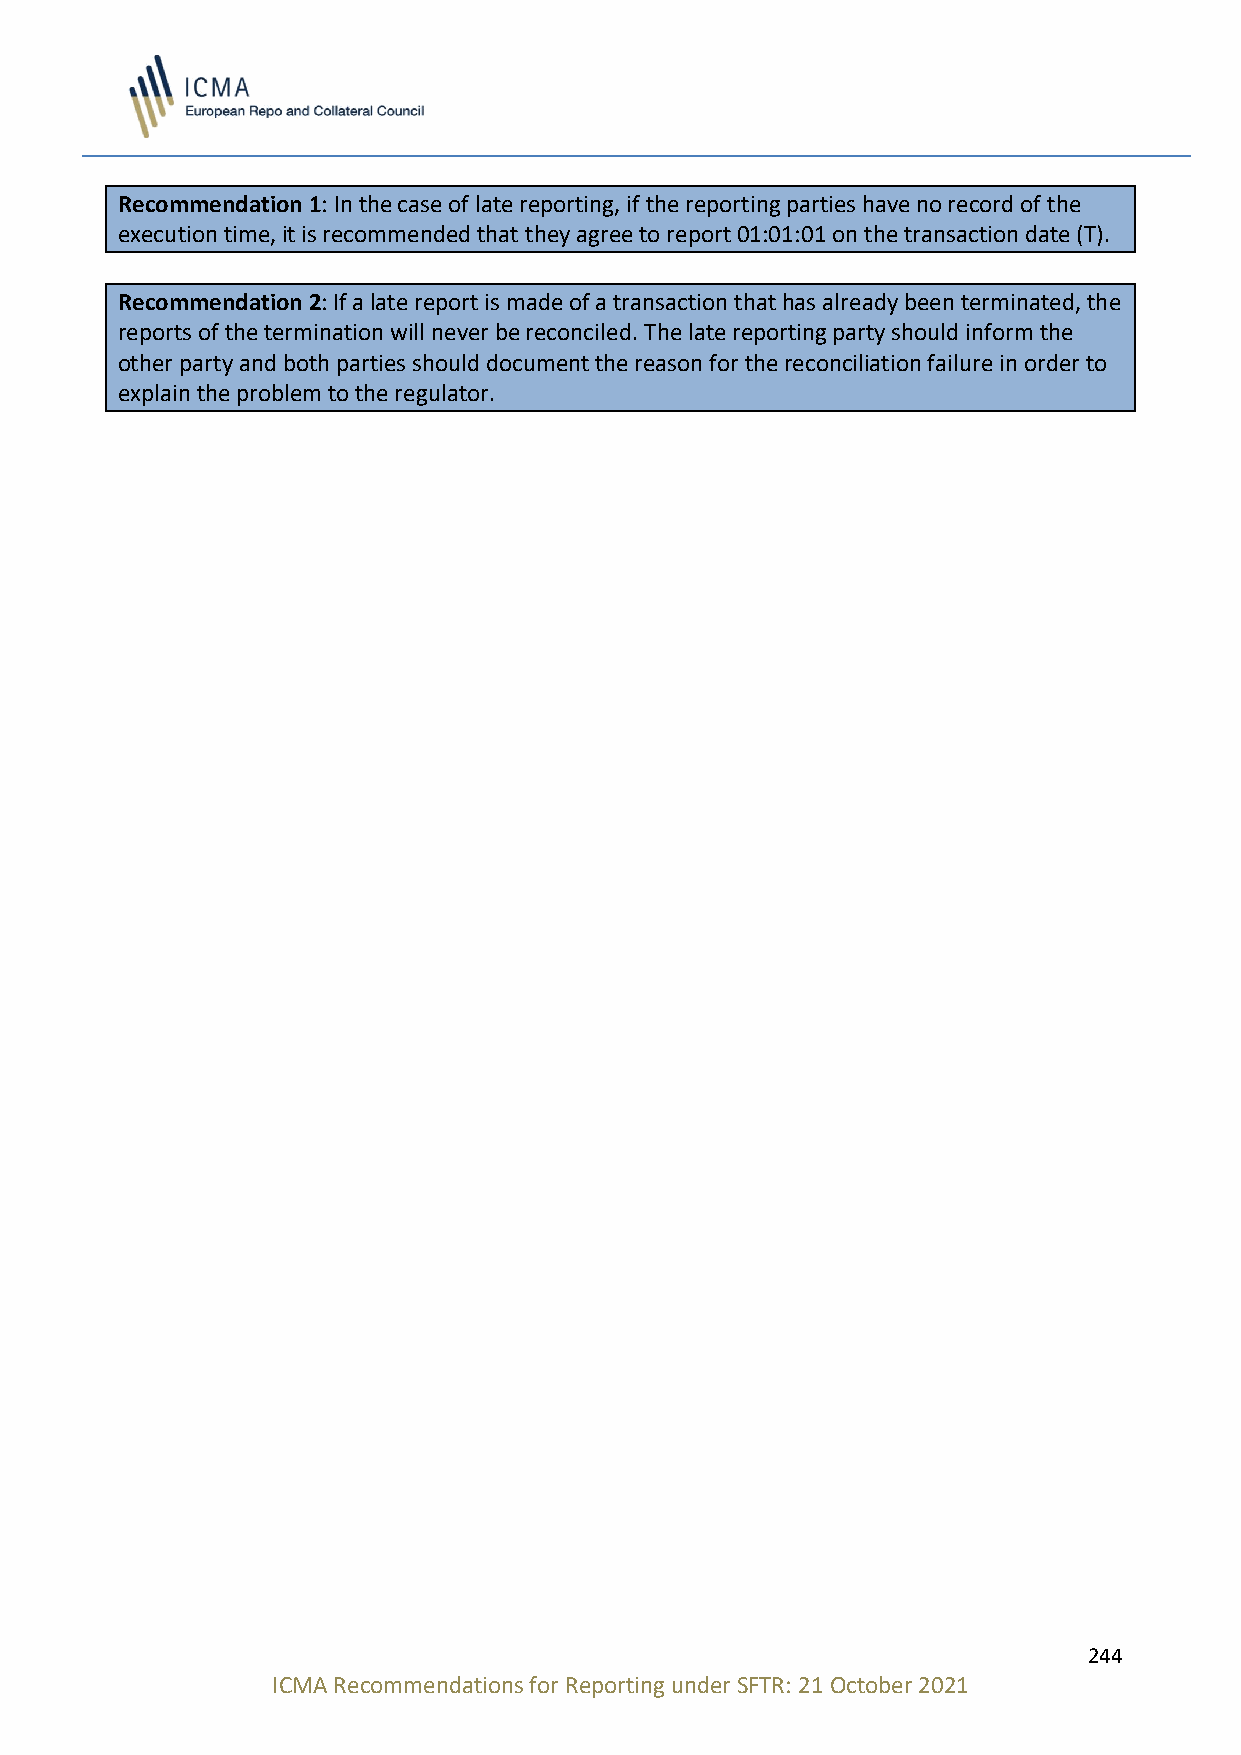
Recommendation 1: In the case of late reporting, if the reporting parties have no record of the
 execution time, it is recommended that they agree to report 01:01:01 on the transaction date (T).
 Recommendation 2: If a late report is made of a transaction that has already been terminated, the
 reports of the termination will never be reconciled. The late reporting party should inform the
 other party and both parties should document the reason for the reconciliation failure in order to
 explain the problem to the regulator.
 244
 ICMA Recommendations for Reporting under SFTR: 21 October 2021